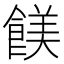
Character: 𩝏